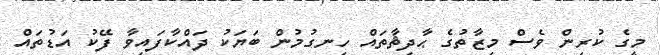
މީގެ ކުރިން ވެސް މިޒާތުގެ ޙާދިޘާތައް ހިނގުމުން ބަޔަކު ދައްކާފައިވާ ފޭކު އަޑުތައް